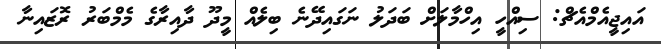
އައިޖީއެމްއެޗް: ސިއްހީ އިހްމާލަށް ބަދަލު ނަގައިދޭނެ ބިލެއް މީދޫ ދާއިރާގެ މެމްބަރު ރޮޒައިނާ